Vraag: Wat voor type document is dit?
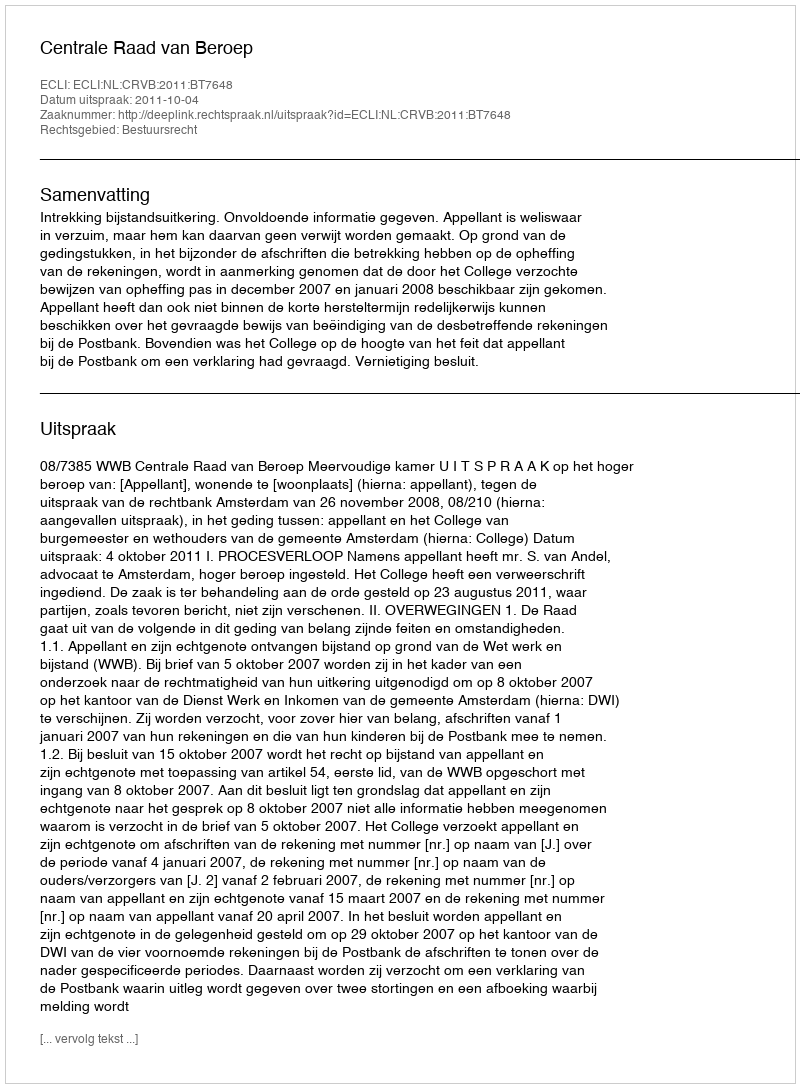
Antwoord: Uitspraak